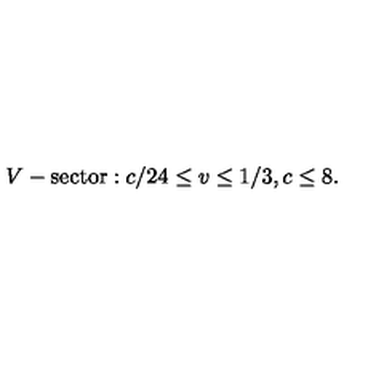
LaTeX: V - \mathrm { s e c t o r } : { } { } { } c / 2 4 \leq v \leq 1 / 3 { } , { } { } { } c \leq 8 { } .